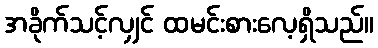
အခိုက်သင့်လျှင် ထမင်းစားလေ့ရှိသည်။